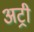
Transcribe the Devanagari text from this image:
अट्री